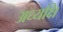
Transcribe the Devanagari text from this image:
अध्यक्षि